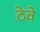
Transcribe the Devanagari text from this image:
ठेवे